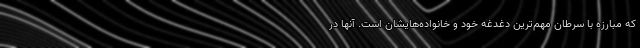
که مبارزه با سرطان مهم‌ترین دغدغه خود و خانواده‌هایشان است. آنها در